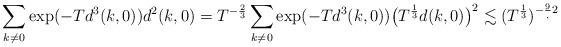
LaTeX: \begin{align*}\sum_{k\not=0}\exp(-Td^3(k,0))d^2(k,0)=T^{-\frac23}\sum_{k\not=0}\exp(-Td^3(k,0))\big(T^{\frac13}d(k,0)\big)^2\lesssim(T^\frac{1}{3})^{-\frac{9},{2}}\end{align*}